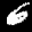
Label: 6